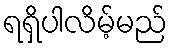
ရရှိပါလိမ့်မည်